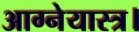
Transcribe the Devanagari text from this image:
आग्नेयास्त्र।